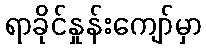
ရာခိုင်နှုန်းကျော်မှာ